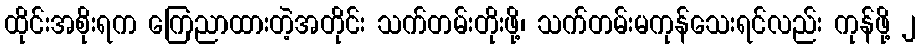
ထိုင်းအစိုးရက ကြေညာထားတဲ့အတိုင်း သက်တမ်းတိုးဖို့၊ သက်တမ်းမကုန်သေးရင်လည်း ကုန်ဖို့ ၂